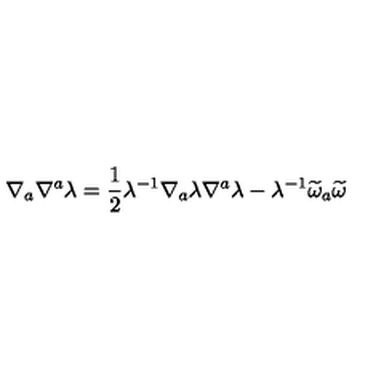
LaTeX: \nabla _ { a } \nabla ^ { a } \lambda = \frac { 1 } { 2 } \lambda ^ { - 1 } \nabla _ { a } \lambda \nabla ^ { a } \lambda - \lambda ^ { - 1 } \widetilde { \omega } _ { a } \widetilde { \omega }